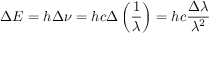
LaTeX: \Delta E = h \Delta \nu = h c \Delta \left( { \frac { 1 } { \lambda } } \right) = h c { \frac { \Delta \lambda } { \lambda ^ { 2 } } }